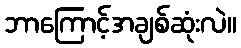
ဘာကြောင့်အချစ်ဆုံးလဲ။